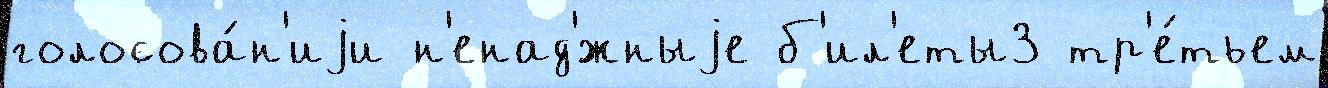
голосова́н'иjи н'енад'́жныjе б'ил'еты3 тр'е́тьем